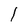
Character: l